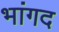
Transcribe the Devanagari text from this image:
भांगद